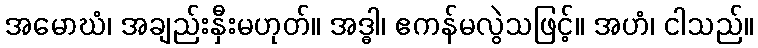
အမောဃံ၊ အချည်းနှီးမဟုတ်။ အဒ္ဓါ၊ ဧကန်မလွဲသဖြင့်။ အဟံ၊ ငါသည်။